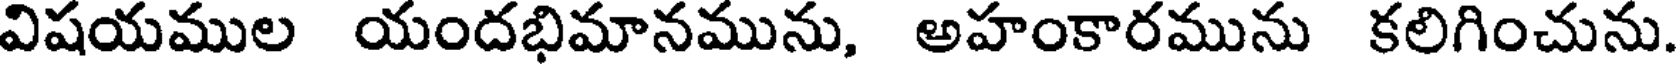
విషయముల యందభిమానమును, అహంకారమును కలిగించును.